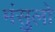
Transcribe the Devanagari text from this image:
मंसुलो